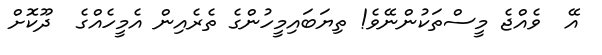
އޭ  ވެއްޖެ މީސްތަކުންނޭވެ! ތިޔަބައިމީހުންގެ ތެރެއިން އެމީހެއްގެ  ދޫކޮށް